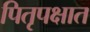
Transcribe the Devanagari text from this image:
पितृपक्षात